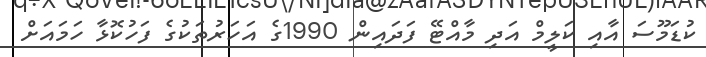
ކުޑަމޫސަ އާއި ކަލީމް އަދި މާއްޓޭ ފަދައިން 1990ގެ އަހަރުތަކުގެ ފަހުކޮޅާ ހަމައަށް